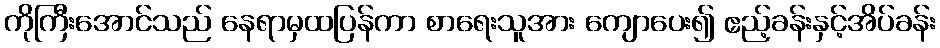
ကိုကြီးအောင်သည် နေရာမှထပြန်ကာ စာရေးသူအား ကျောပေး၍ ဧည့်ခန်းနှင့်အိပ်ခန်း